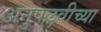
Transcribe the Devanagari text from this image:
अनुपल्लवीच्या